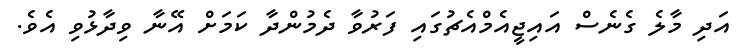
އަދި މާލެ ގެނެސް އައިޖީއެމްއެޗުގައި ފަރުވާ ދެމުންދާ ކަމަށް އޭނާ ވިދާޅުވި އެވެ.